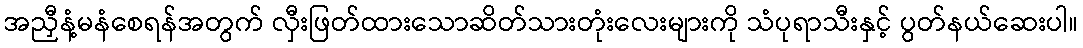
အညှီနံ့မနံစေရန်အတွက် လှီးဖြတ်ထားသောဆိတ်သားတုံးလေးများကို သံပုရာသီးနှင့် ပွတ်နယ်ဆေးပါ။